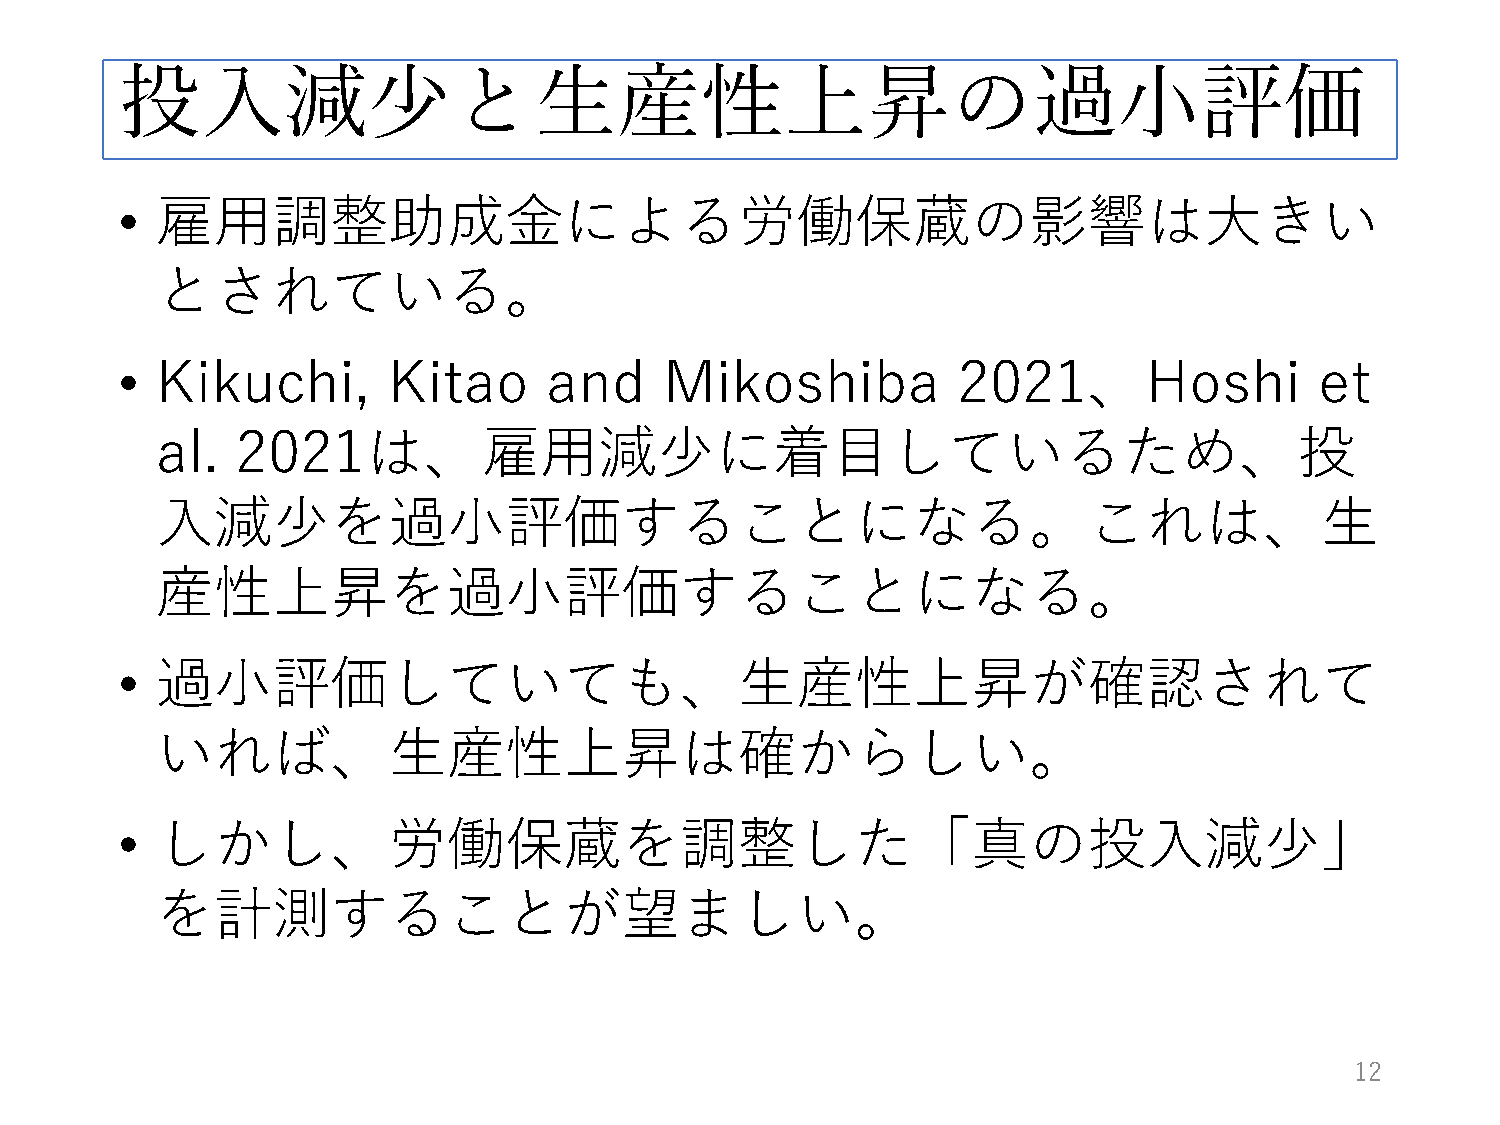
投入減少と生産性上昇の過小評価
 • 雇用調整助成金による労働保蔵の影響は大きい
 とされている。
 • Kikuchi,        Kitao     and     Mikoshiba          2021、Hoshi              et
 al.   2021は、雇用減少に着目しているため、投
 入減少を過小評価することになる。これは、生
 産性上昇を過小評価することになる。
 • 過小評価していても、生産性上昇が確認されて
 いれば、生産性上昇は確からしい。
 • しかし、労働保蔵を調整した「真の投入減少」
 を計測することが望ましい。
 12